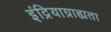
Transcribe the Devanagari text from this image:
इंद्रियाग्राह्यता